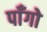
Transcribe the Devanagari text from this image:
पाँगो